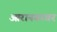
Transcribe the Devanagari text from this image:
आरानगरवर